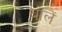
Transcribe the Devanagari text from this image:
बोलैं